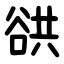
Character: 谼